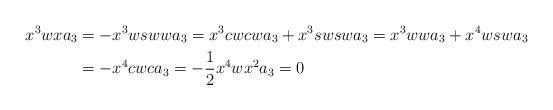
LaTeX: \begin{align*}x^3wxa_3 & = - x^3wswwa_3 = x^3cwcwa_3 + x^3swswa_3 = x^3wwa_3 + x^4wswa_3\\& = - x^4cwca_3 = - \frac{1}{2}x^4wx^2 a_3 = 0\end{align*}